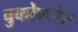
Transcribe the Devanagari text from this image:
बुकोफ्जेर